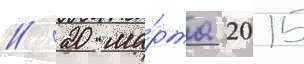
// 20 ма́рта 2015